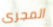
المجرى